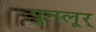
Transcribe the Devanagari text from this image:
पुनलूर्